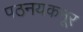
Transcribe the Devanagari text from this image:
पठनयकनूर